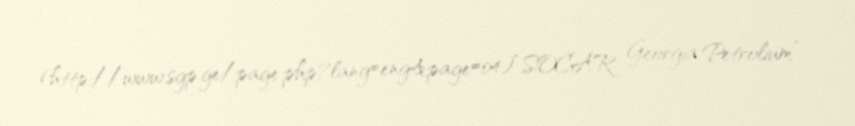
(http://www.sgp.ge/page.php?lang=eng&page=04).“SOCAR Georgia Petrolium”